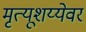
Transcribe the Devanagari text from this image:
मृत्यूशय्येवर